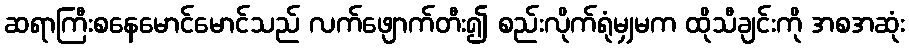
ဆရာကြီးစနေမောင်မောင်သည် လက်ဖျောက်တီး၍ စည်းလိုက်ရုံမျှမက ထိုသီချင်းကို အစအဆုံး